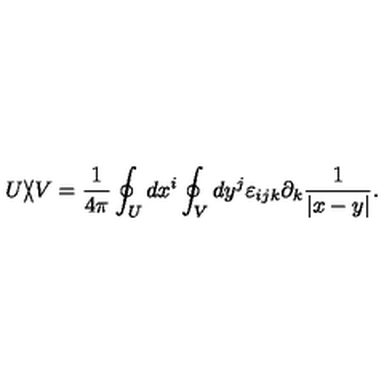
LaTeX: U \backslash \! \! \! \slash V = { \frac { 1 } { 4 \pi } } \oint _ { U } d x ^ { i } \oint _ { V } d y ^ { j } \varepsilon _ { i j k } \partial _ { k } { \frac { 1 } { | x - y | } } .